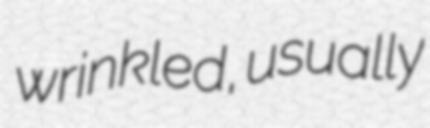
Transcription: wrinkled, usually